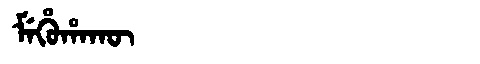
Manchu: ᠮᡝᡥᡠᡥᠠᡴᡡ
Romanization: MEHUHAKŪ